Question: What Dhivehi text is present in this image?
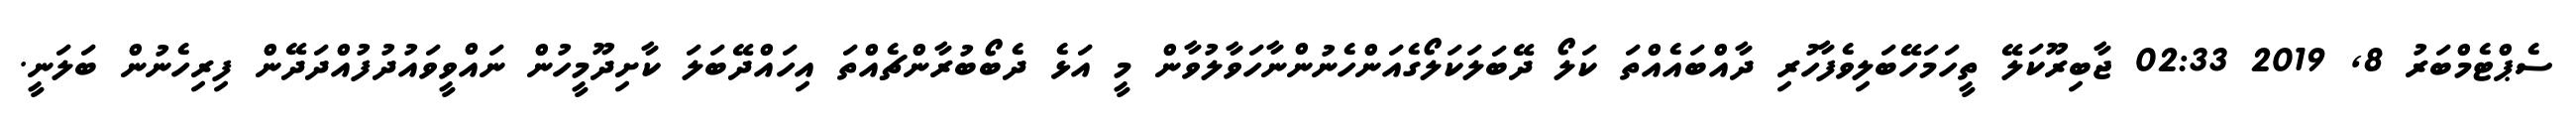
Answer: ސެޕްޓެމްބަރު 8, 2019 02:33 ޖާބިރޫކަލޭ ތީހަމަހޭބަލިވެފާހުރި ދާއްބައެއްތަ ކަލޯ ދޭބަލަކަލޯގެއަންހެނުންނާހަވާލުވާން މީ އަޅެ ދެބޯބުރާންޗެއްތަ އިހައްދޭބަލަ ކާށިދޫމީހުން ނައްވީވައުދުފުއްދަދޭން ފިރިހެނުން ބަލަނީ.